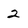
Character: 2